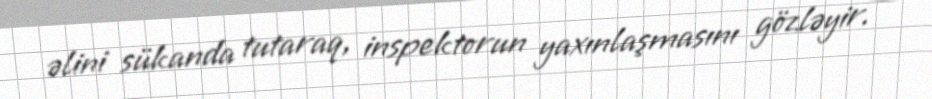
əlini sükanda tutaraq, inspektorun yaxınlaşmasını gözləyir.